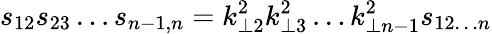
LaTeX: s_{12}s_{23}\ldots s_{n-1,n}=k_{\perp 2}^{2}k_{\perp 3}^{2}\ldots k_{\perp n-1}^{2}s_{12\ldots n}